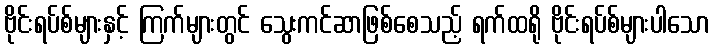
ဗိုင်းရပ်စ်များနှင့် ကြက်များတွင် သွေးကင်ဆာဖြစ်စေသည့် ရက်ထရို ဗိုင်းရပ်စ်များပါသော